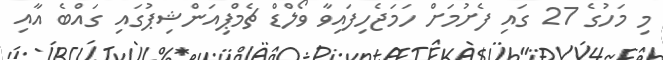
މި މަހުގެ 27 ގައި ފެށުމަށް ހަމަޖެހިފައިވާ ވޯލްޑް ޗެމްޕިއަންޝިޕުގައި ގައްބެ އާއި